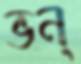
ভন্